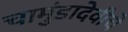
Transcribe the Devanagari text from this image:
चामुंडादेवीचे